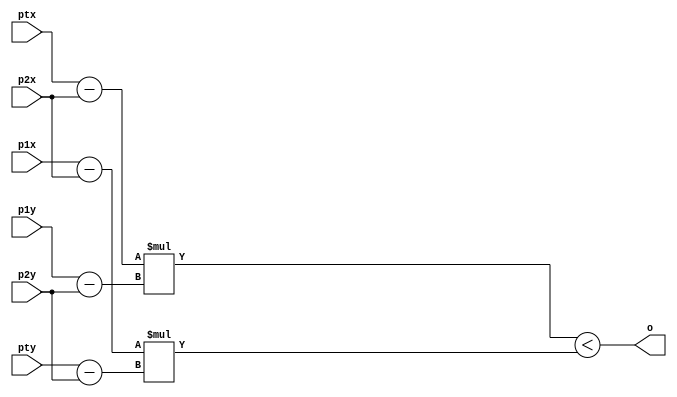
module sign(
    input [11:0]ptx,
    input [11:0]pty,
    input [11:0]p1x,
    input [11:0]p1y,
    input [11:0]p2x,
    input [11:0]p2y,
    output o
);

wire signed [11:0] a1;
wire signed [11:0] a2;
wire signed [11:0] a3;
wire signed [11:0] a4;

wire signed [23:0] m1;
wire signed [23:0] m2;

  assign a1 = ptx - p2x;
  assign a2 = p1y - p2y;
  assign a3 = p1x - p2x;
  assign a4 = pty - p2y;

  assign m1 = a1 * a2;
  assign m2 = a3 * a4;

  assign o = m1 < m2;
endmodule
module triangulo(
  input [11:0] ptx,
  input [11:0] pty,
  input [11:0] p1x,
  input [11:0] p1y,
  input [11:0] p2x,
  input [11:0] p2y,
  input [11:0] p3x,
  input [11:0] p3y,
  output saida
);


wire P1, P2, P3;

sign Pt1(ptx, pty, p1x, p1y, p2x, p2y, P1);
sign Pt2(ptx, pty, p2x, p2y, p3x, p3y, P2);
sign Pt3(ptx, pty, p3x, p3y, p1x, p1y, P3);

assign saida = P1 == P2 & P2 == P3;

endmodule

module executa;

integer data_file;
integer write_file;
integer valor;

reg signed [11:0] ptx;
reg signed [11:0] pty;
reg signed [11:0] p1x;
reg signed [11:0] p1y;
reg signed [11:0] p2x;
reg signed [11:0] p2y;
reg signed [11:0] p3x;
reg signed [11:0] p3y;
wire saida;
reg state = 0;
triangulo T(ptx, pty, p1x, p1y, p2x, p2y, p3x, p3y, saida);

initial begin
  data_file = $fopen("entradas.txt", "r");
  write_file = $fopen("saidas_verilog.txt", "w");
  if (data_file == 0) begin
    $display("ERRO!! Nao foi possivel abrir arquivo");
    $finish;
  end else begin
    $display("Arquivo foi aberto!");
  end
  if (write_file == 0) begin
    $display("ERRO!! Nao foi possivel abrir arquivo escrita");
    $finish;
  end else begin
    $display("Arquivo 2 foi aberto!");
  end
end

always #2 begin
  if (!$feof(data_file)) begin
	  if (state != 0)begin

	    $fdisplay(write_file, "%d%d %d %d %d %d %d %d = %d",
	      ptx, pty, p1x, p1y, p2x, p2y, p3x, p3y, saida);

	    valor = $fscanf(data_file, "%d %d %d %d %d %d %d %d\n",
	      ptx, pty, p1x, p1y, p2x, p2y, p3x, p3y);
	  end else begin
		valor = $fscanf(data_file, "%d %d %d %d %d %d %d %d\n",
	      ptx, pty, p1x, p1y, p2x, p2y, p3x, p3y);
		state = 1;
  	end
  end
  else begin
    $finish;
  end
end

endmodule